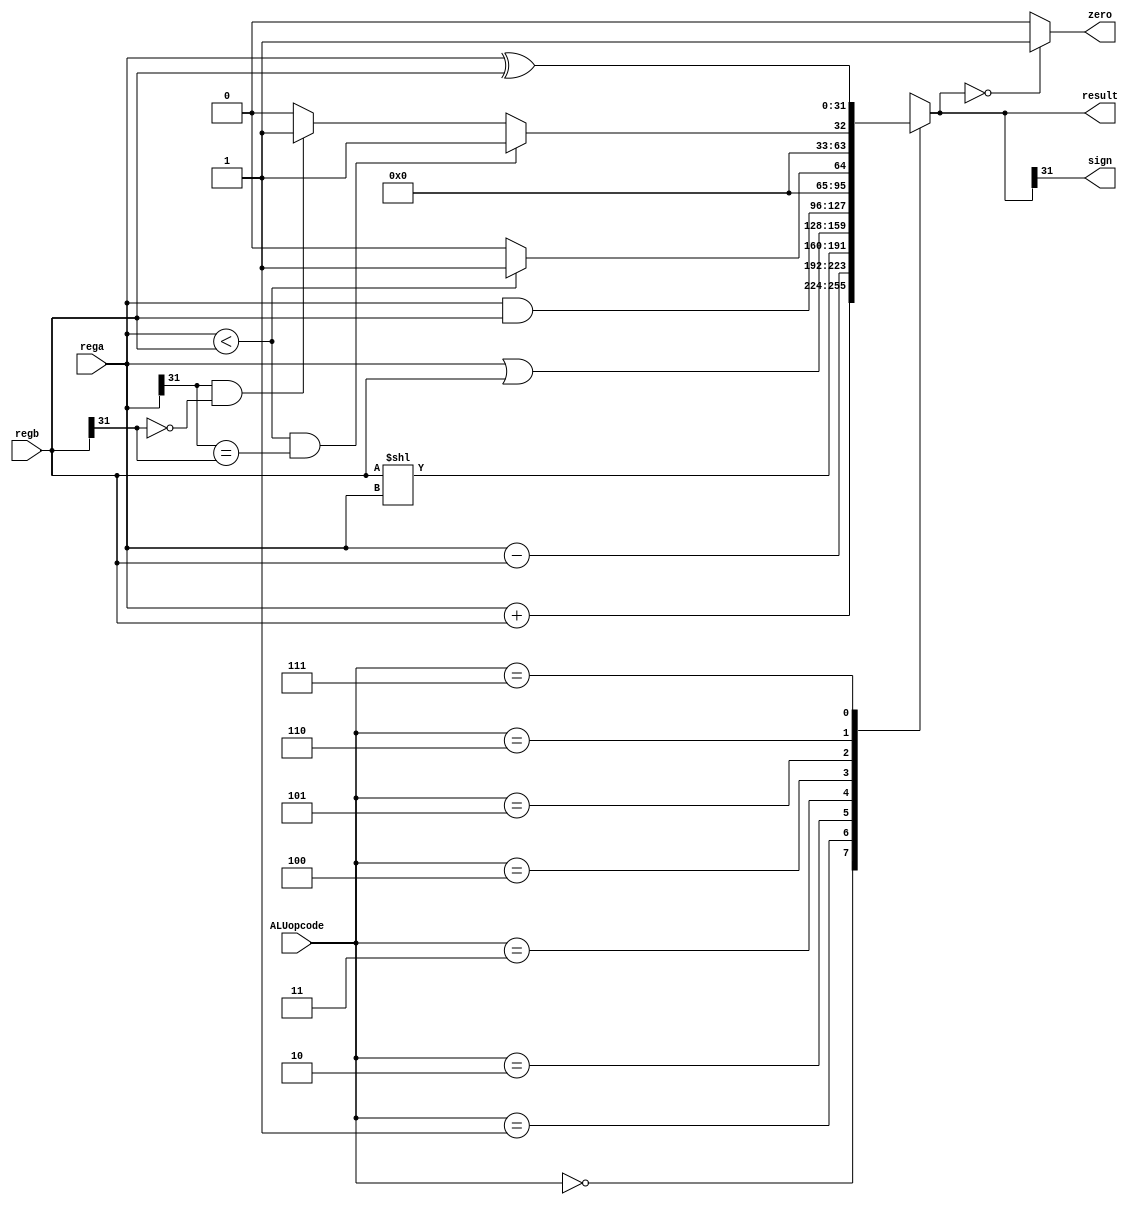
`timescale 1ns / 1ps
//////////////////////////////////////////////////////////////////////////////////
// Company: 
// Engineer: 
// 
// Design Name: 
// Module Name: ALU
// Project Name: 
// Target Devices: 
// Tool Versions: 
// Description: 
// 
// Dependencies: 
// 
// Revision:
// Revision 0.01 - File Created
// Additional Comments:
// 
//////////////////////////////////////////////////////////////////////////////////


module ALU(ALUopcode, rega, regb, zero, sign, result);
    input [2:0] ALUopcode;
    input [31:0] rega;
    input [31:0] regb;
    output reg zero;
    output reg sign;
    output reg [31:0] result;
    always @( ALUopcode or regb or rega) begin
        case (ALUopcode)
            3'b000 : result = rega + regb;
            3'b001 : result = rega - regb;
            3'b010 : result = regb << rega;
            3'b011 : result = rega | regb;
            3'b100 : result = rega & regb;
            3'b101 : result = (rega < regb)?1:0; //
            3'b110 : if (rega<regb &&(rega[31] == regb[31] )) //
                        result = 1;
                    else if ( rega[31]==1 && regb[31]==0)
                        result = 1;
                    else result = 0;
            3'b111 : result = rega ^ regb;
            default : begin
                result = 32'h00000000;
                $display ("ERROE");
            end
        endcase
        sign = result[31];
        zero = (result==0) ? 1:0;
    end
endmodule